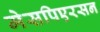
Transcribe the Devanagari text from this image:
मेसपिएरसन